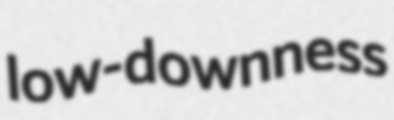
low-downness